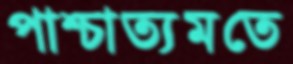
পাশ্চাত্যমতে